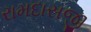
રામદાસજી